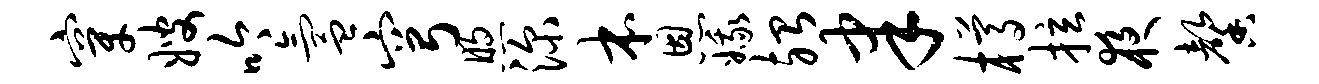
穿嫂吟氲穹煦深本恩娥殆聿樽拉夜馨